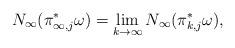
LaTeX: \begin{align*} N_\infty (\pi_{\infty,j}^*\omega)=\lim_{k\to\infty}N_{\infty}(\pi_{k,j}^*\omega),\end{align*}